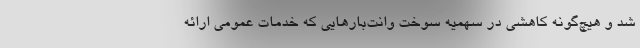
شد و هیچ‌گونه کاهشی در سهمیه سوخت وانت‌بارهایی که خدمات عمومی ارائه